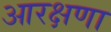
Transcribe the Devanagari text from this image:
आरक्षणा